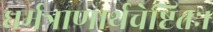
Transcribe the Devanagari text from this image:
धर्मत्राणार्थचेष्टितः।